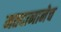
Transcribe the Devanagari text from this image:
मतदानानेच